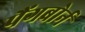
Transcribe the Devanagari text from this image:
पैंगबोर्न